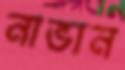
নাভান